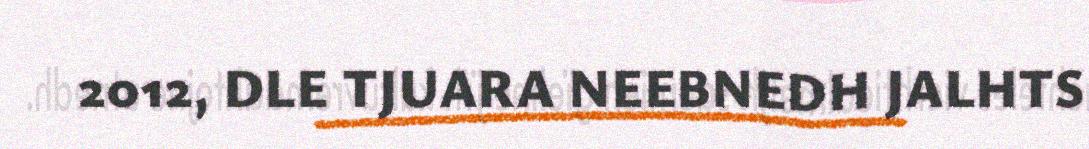
2012, DLE TJUARA NEEBNEDH JALHTS